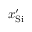
x _ { \mathrm { S i } } ^ { \prime }